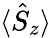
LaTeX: \langle\hat{S}_{z}\rangle